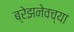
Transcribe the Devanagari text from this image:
ब्रेझनेवच्या